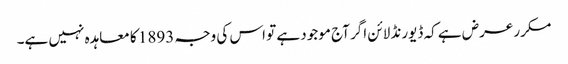
مکرر عرض ہے کہ ڈیورنڈ لائن اگر آج موجود ہے تو اس کی وجہ 1893 کا معاہدہ نہیں ہے۔